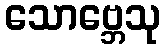
သောဗ္ဘေသု